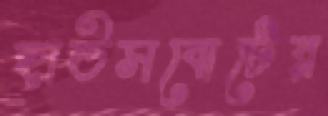
হাউসবোটের